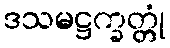
ဒသမဋ္ဌက္ခတ္တုံ